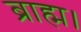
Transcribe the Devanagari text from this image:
ब्राह्म।